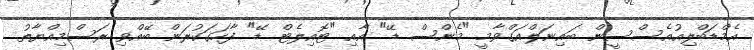
އެމްޑަބްލިއުއެސްސީން ބައިނަލްއަގްވާމީ "މެންސް ޑޭ" އާއި "ޓޮއިލެޓް ޑޭ" ފާހަގަކުރަން ބޭއްވި ރަސްމިއްޔާތު.